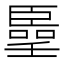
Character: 𠿦